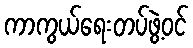
ကာကွယ်ရေးတပ်ဖွဲ့ဝင်